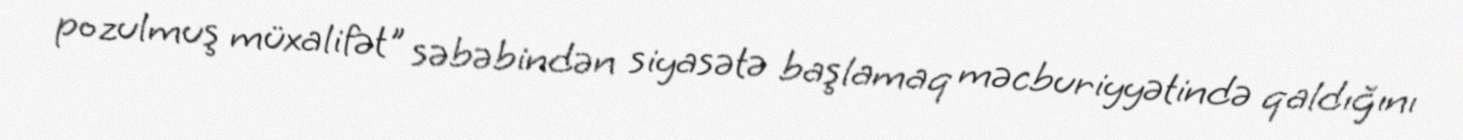
pozulmuş müxalifət" səbəbindən siyasətə başlamaq məcburiyyətində qaldığını